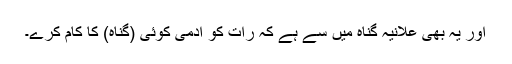
اور یہ بھی علانیہ گناہ میں سے ہے کہ رات کو آدمی کوئی (گناہ) کا کام کرے۔